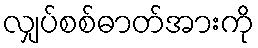
လျှပ်စစ်ဓာတ်အားကို